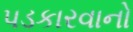
પડકારવાનો